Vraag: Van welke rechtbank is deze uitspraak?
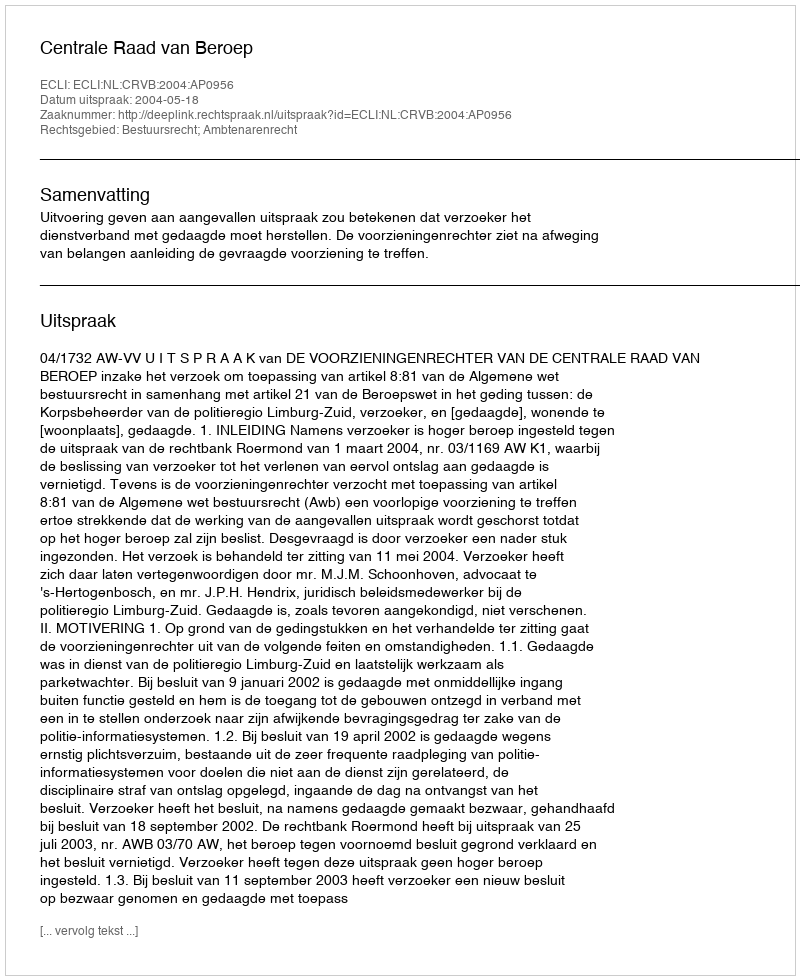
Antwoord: Centrale Raad van Beroep